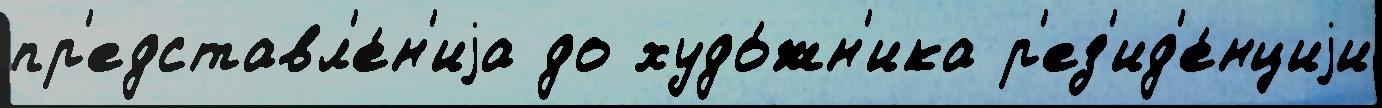
пр'едставл'е́н'иjа до худо́жн'ика р'ез'ид'е́нциjи